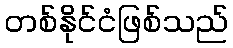
တစ်နိုင်ငံဖြစ်သည်